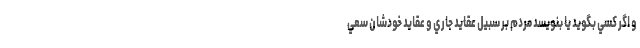
و اگر كسي بگويد يا بنويسد مردم بر سبيل عقايد جاري و عقايد خودشان سعي